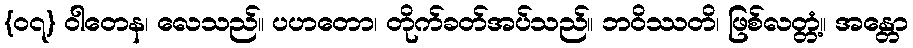
{၀၇} ဝါတေန၊ လေသည်။ ပဟတော၊ တိုက်ခတ်အပ်သည်။ ဘဝိဿတိ၊ ဖြစ်လတ္တံ့။ အန္တော